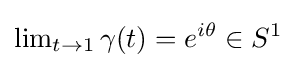
\lim \nolimits _{t\to 1}\gamma (t)=e^{i\theta }\in S^{1}